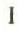
I